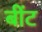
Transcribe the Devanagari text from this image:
बींट